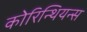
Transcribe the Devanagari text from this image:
कोरिन्थियन्स